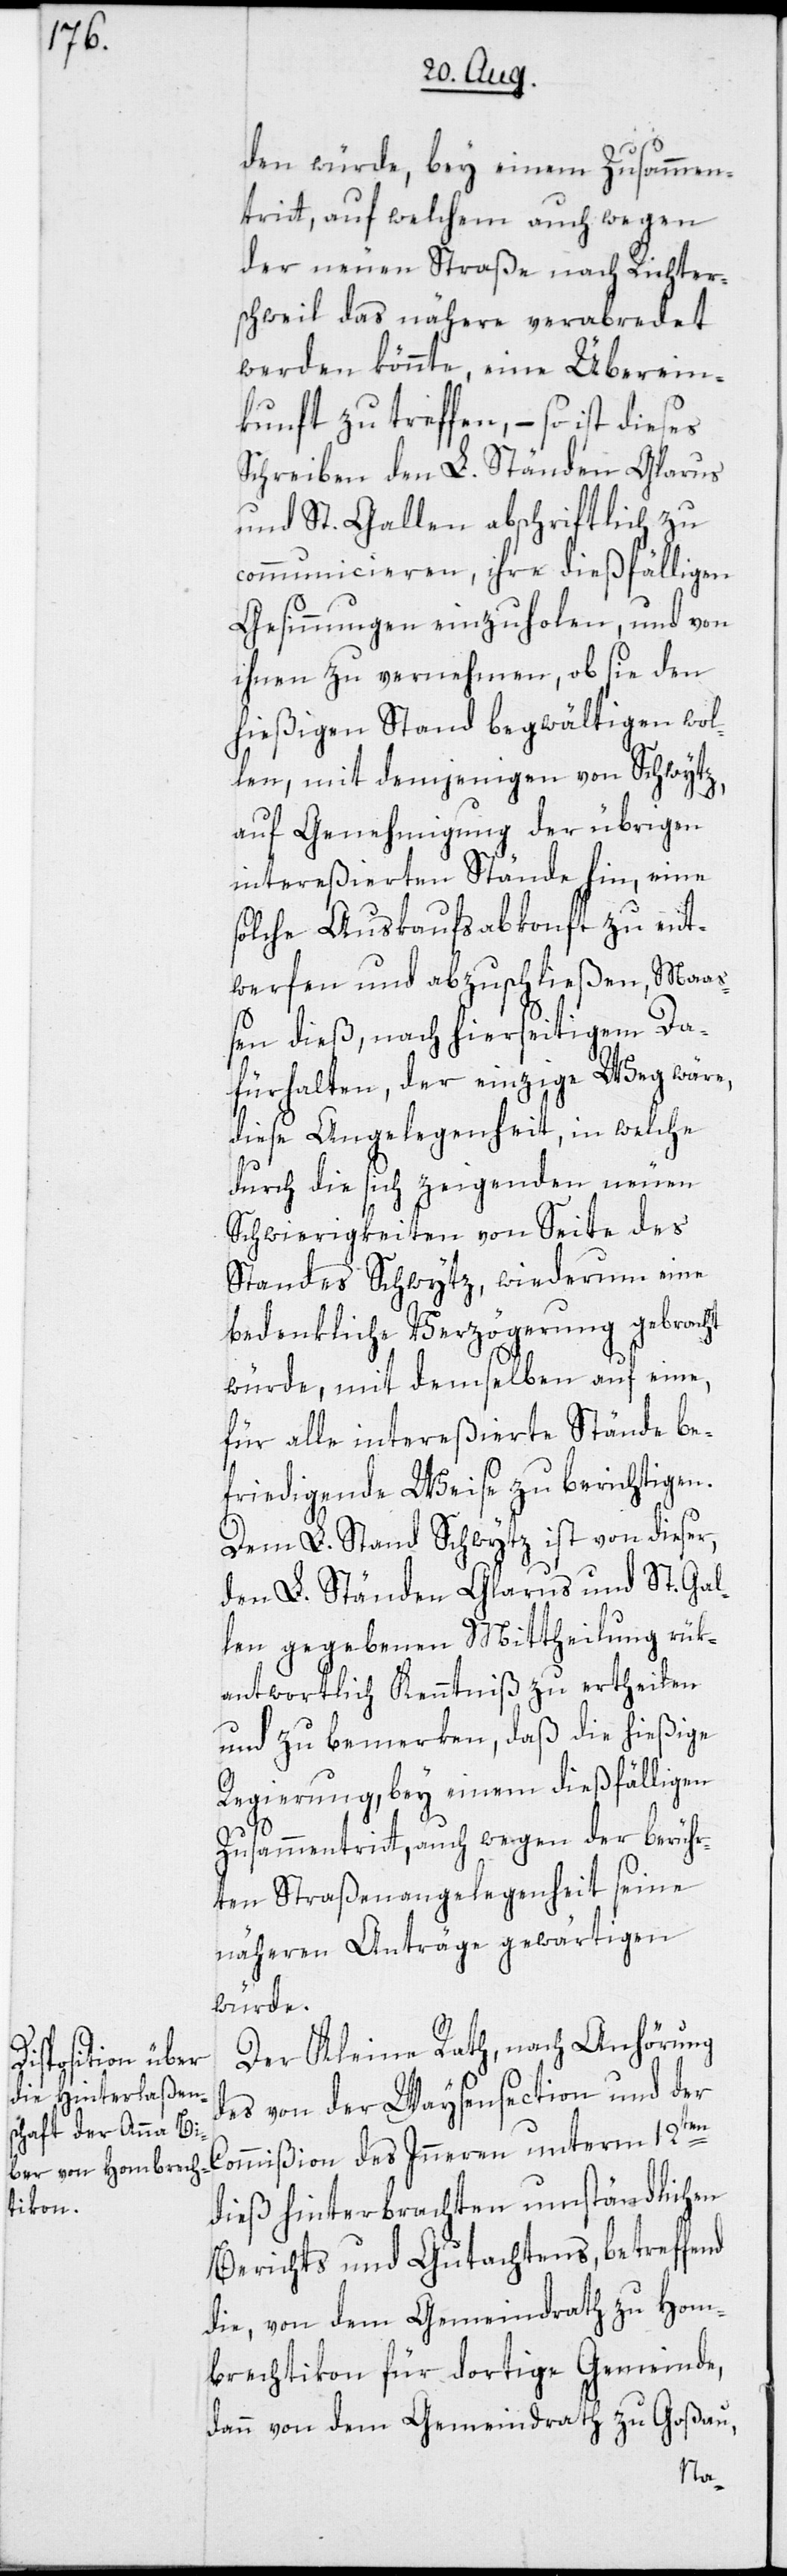
den würde, bey einem Zusammen¬
tritt, auf welchem auch wegen
der neuen Straße nach Richter¬
schweil das nähere verabredet
werden könnte, eine Überein¬
kunft zu treffen, – so ist dieses
Schreiben den L. Ständen Glarus
und St. Gallen abschriftlich zu
communicieren, ihre dießfälligen
Gesinnungen einzuholen, und von
ihnen zu vernehmen, ob sie den
hießigen Stand begwältigen wol¬
len, mit demjenigen von Schwytz,
auf Genehmigung der übrigen
intereßierten Stände hin, eine
solche Auskaufsabkonft zu ent¬
werfen und abzuschließen, Maaß¬
en dieß, nach hierseitigem Da¬
fürhalten, der einzige Weg wäre,
diese Angelegenheit, in welche
durch die sich zeigenden neuen
Schwierigkeiten von Seite des
Standes Schwytz, wiederum eine
bedenkliche Verzögerung gebracht
würde, mit demselben auf eine,
für alle intereßierte Stände be¬
friedigende Weise zu berichtigen.
Dem L. Stand Schwytz ist von dieser,
den L. Ständen Glarus und St. Gal¬
len gegebenen Mittheilung rük¬
antwortlich Kenntniß zu ertheilen
und zu bemerken, daß die hießige
Regierung, bey einem dießfälligen
Zusammentritt, auch wegen der berühr¬
ten Straßenangelegenheit seine
näheren Anträge gewärtigen
würde.
Der Kleine Rath, nach Anhörung
des von der Waysensection und der
Commißion des Inneren unterm 12ten
dieß hinterbrachten umständlichen
Berichts und Gutachtens, betreffend
die, von dem Gemeindrath zu Hom¬
brechtikon für dortige Gemeinde,
dann von dem Gemeindrath zu Goßau,